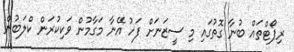
ރިޕޯޓްތައް ބުނާ ގޮތުގައި މި ސީޒަނަށް ފަހު އޭނާ މަގާމުން ވަކިކުރަން ކްލަބުން